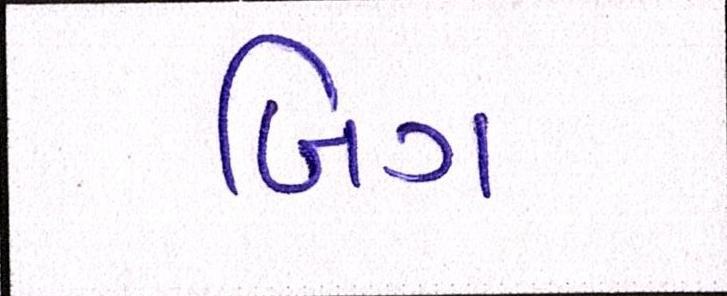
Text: બિગ